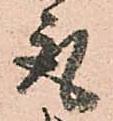
取